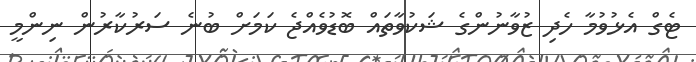
ޓެގް އެޅުވުމާ ހެދި ޒުވާނުންގެ ޝަކުވާތައް ބޮޑުވެއްޖެ ކަމަށް ބުނެ ސަރުކާރުން ނިންމީ